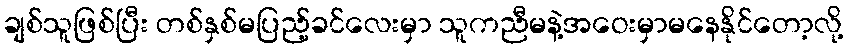
ချစ်သူဖြစ်ပြီး တစ်နှစ်မပြည့်ခင်လေးမှာ သူကညီမနဲ့အဝေးမှာမနေနိုင်တော့လို့